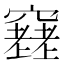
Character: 𥨮